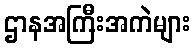
ဌာနအကြီးအကဲများ